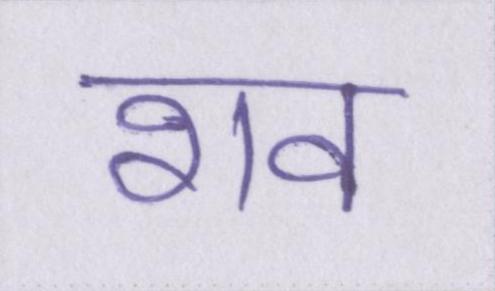
शव